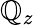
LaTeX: \mathbb{Q}_{z}